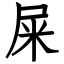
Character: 屎